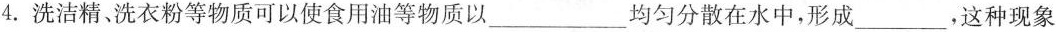
4.洗洁精、洗衣粉等物质可以使食用油等物质以___均匀分散在水中，形成___，这种现象